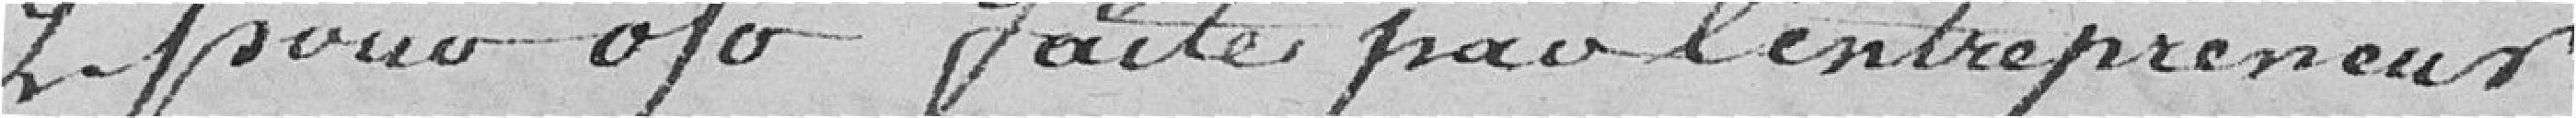
2 pour % faite par l'entrepreneur